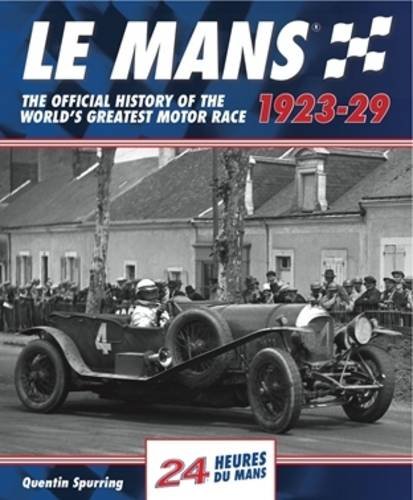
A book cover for Le Mans: The Official History Of The World's Greatest Motor Race, 1923-29; Quentin Spurring; Engineering & Transportation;